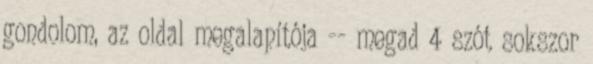
gondolom, az oldal megalapítója -- megad 4 szót sokszor